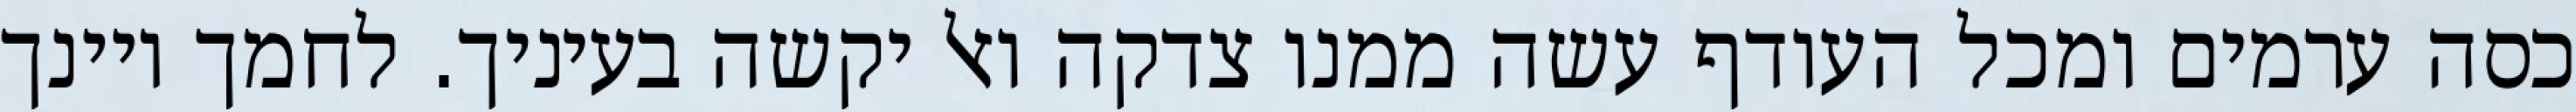
כסה ערמים ומכל העודף עשה ממנו צדקה ואל יקשה בעיניך. לחמך ויינך